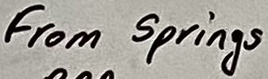
Text: From Springs